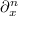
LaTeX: { \partial _ { x } ^ { n } } { }